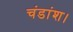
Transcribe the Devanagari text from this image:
चंडांश।